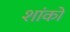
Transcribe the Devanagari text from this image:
शांको